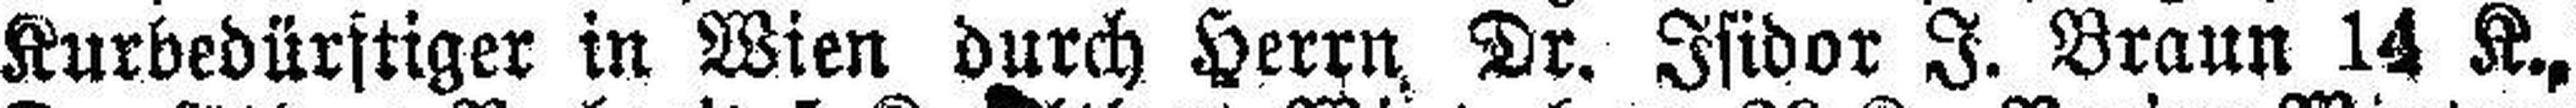
Kurbedürftiger in Wien durch Herrn Dr. Isidor J. Braun 14 K.,